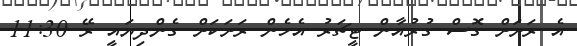
އެ ރަށަށް ގޮސް ގުރުއާން ޓީޗަރު އެހެން ރަށަކަށް ގެންދިޔައީ ރޭ 11:30